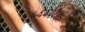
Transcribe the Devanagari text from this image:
५६६५६६